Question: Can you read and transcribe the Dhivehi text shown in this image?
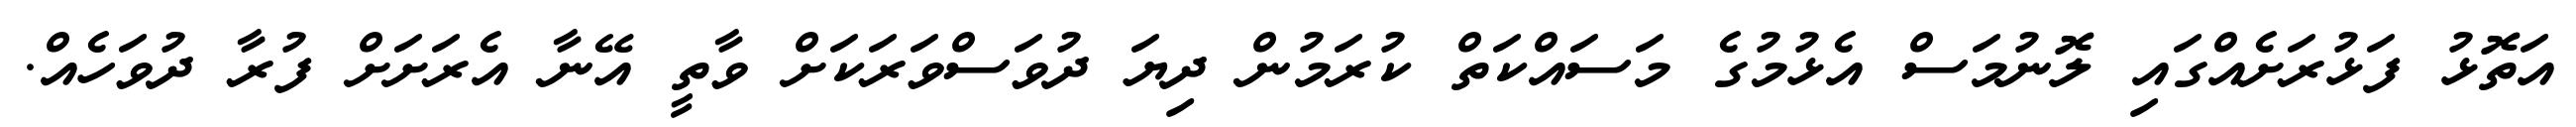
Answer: އަތޮޅު ފަޅުރަށެއްގައި ލޮނުމަސް އެޅުމުގެ މަސައްކަތް ކުރަމުން ދިޔަ ދުވަސްވަރަކަށް ވާތީ އޭނާ އެރަށަށް ފުރާ ދުވަހެއް.